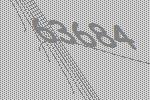
63684